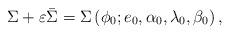
LaTeX: \begin{align*}\Sigma +\varepsilon \bar{\Sigma}=\Sigma \left( \phi _{0};e_{0},\alpha_{0},\lambda _{0},\beta _{0}\right) , \end{align*}